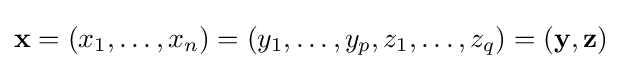
\mathbf {x} =(x_{1},\dots ,x_{n})=(y_{1},\dots ,y_{p},z_{1},\dots ,z_{q})=(\mathbf {y} ,\mathbf {z} )